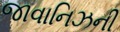
જાવાનિઝની